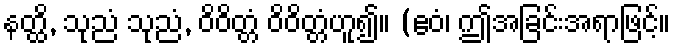
နတ္ထိ, သုညံ သုညံ, ဝိဝိတ္တံ ဝိဝိတ္တံဟူ၍။ (ဧဝံ၊ ဤအခြင်းအရာဖြင့်။